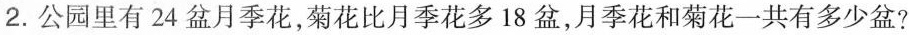
2. 公园里有24盆月季花，菊花比月季花多18盆，月季花和菊花一共有多少盆?